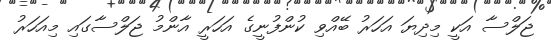
ޖަލްސާ އަކީ މިދިޔަ އަހަރު ބޭއްވި ކުންފުނީގެ އަހަރީ އާންމު ޖަލްސާގައި މިއަހަރު